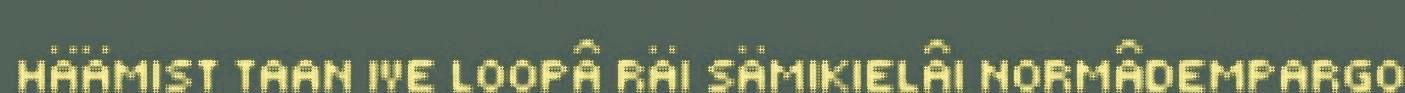
HÄÄMIST TAAN IVE LOOPÂ RÄI SÄMIKIELÂI NORMÂDEMPARGO